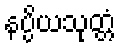
နပ္ပိယသုတ္တံ